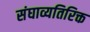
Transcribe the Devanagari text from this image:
संघाव्यतिरिक्त